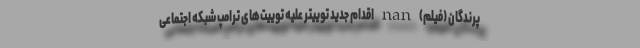
پرندگان (فیلم) nan اقدام جدید توییتر علیه توییت‌های ترامپ شبکه اجتماعی